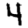
Digit: 4